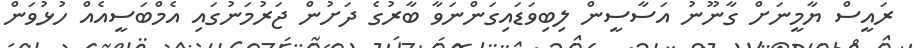
ރައީސް ޔާމީނަށް ގާނޫނު އަސާސީން ލިބިވަޑައިގަންނަވާ ބާރުގެ ދަށުން ޖަރުމަނުގައި އެމްބަސީއެއް ހުޅުވަން